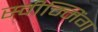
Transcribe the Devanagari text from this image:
स्वीम्मिंग